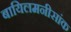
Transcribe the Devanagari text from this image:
बायिलमनीसांक